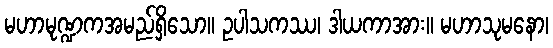
မဟာမုဏ္ဍကအမည်ရှိသော။ ဥပါသကဿ၊ ဒါယကာအား။ မဟာသုမနော၊